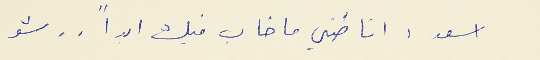
اسعد : انا ضني ما خاب فيك ابداً . .  شو